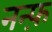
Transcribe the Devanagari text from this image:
नन्फ़